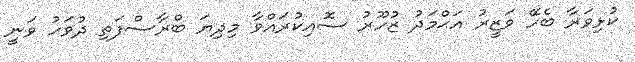
ކުޅިވަރާ ބެހޭ ވަޒީރު އަޙްމަދު ޒުހޫރު ސޮއިކުރައްވާ މިދިޔަ ބްރާސްފަތި ދުވަހު ވަނީ